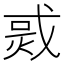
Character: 𤉨